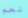
نعم